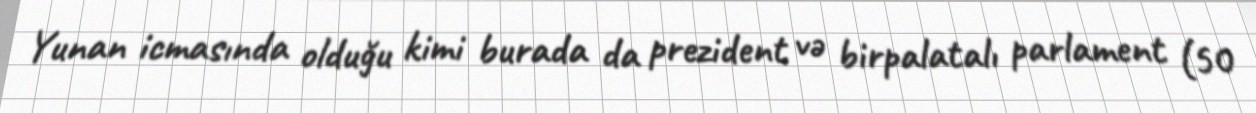
Yunan icmasında olduğu kimi burada da prezident və birpalatalı parlament (50